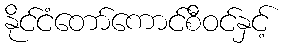
နိုင်ငံတော်ကောင်စီဝင်နှင့်